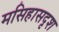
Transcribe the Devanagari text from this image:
मसिहासदृश